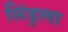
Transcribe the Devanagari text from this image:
सिंड्रला